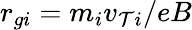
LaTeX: r_{gi}=m_{i}v_{\mathcal{T}i}/eB